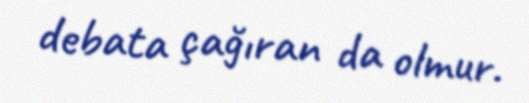
debata çağıran da olmur.